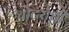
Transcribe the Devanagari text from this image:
चोटरोधी